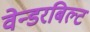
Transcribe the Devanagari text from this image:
वेन्डरबिल्ट